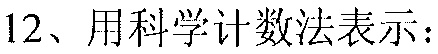
12、用科学计数法表示：